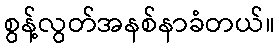
စွန့်လွတ်အနစ်နာခံတယ်။